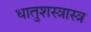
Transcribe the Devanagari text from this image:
धातुशस्त्रास्त्र